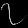
Digit: ၇